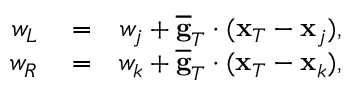
\begin{array} { r l r } { w _ { L } } & { { } = } & { w _ { j } + \overline { { \bf g } } _ { T } \cdot ( { \bf x } _ { T } - { \bf x } _ { j } ) , } \\ { w _ { R } } & { { } = } & { w _ { k } + \overline { { \bf g } } _ { T } \cdot ( { \bf x } _ { T } - { \bf x } _ { k } ) , } \end{array}